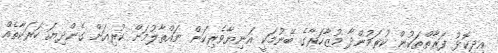
އިދިކޮޅު ފަރާތްތަކުން ކުރަމުންދާ މުޒާހަރާގެ ބޭނުމަކީ އަނިޔާވެރިކަން ނައްތާލުމަށް ކުރިއަށް ގެންދިޔަ ހަރަކާތެއް